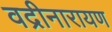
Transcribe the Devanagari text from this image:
वद्रीनारायण